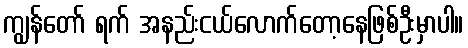
ကျွန်တော် ရက် အနည်းငယ်လောက်တော့နေဖြစ်ဦးမှာပါ။